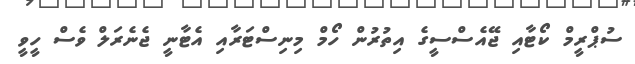
ސުޕްރީމް ކޯޓާއި ޖޭއެސްސީގެ އިތުރުން ހޯމް މިނިސްޓަރާއި އެޓާނީ ޖެނެރަލް ވެސް ހީވީ